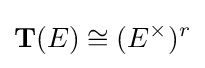
\mathbf {T} (E)\cong (E^{\times })^{r}